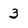
Character: 3